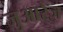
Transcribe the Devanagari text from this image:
जुआरेज